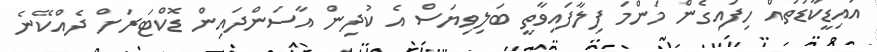
އައިޑީކާޑުތައް ހިފައިގެން މަންމަ ފިލާފައިވާތީ ބަލިވިޔަސް އެ ކުދިން އާސަންދައިން ޑޮކްޓަރަށް ދެއްކޭނެ